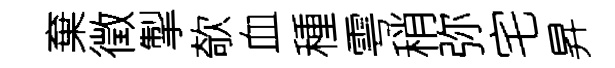
棄徵掣欹血種雩稍弥宅昇